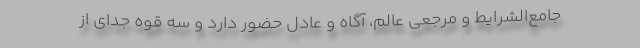
جامع‌الشرایط و مرجعی عالم، آگاه و عادل حضور دارد و سه قوه جدای از